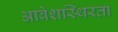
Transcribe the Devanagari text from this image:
आवेशस्थिरता